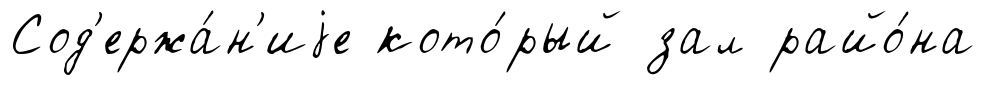
Сод'ержа́н'иjе кото́рый зал райо́на